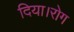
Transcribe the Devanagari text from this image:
दिया।रोग